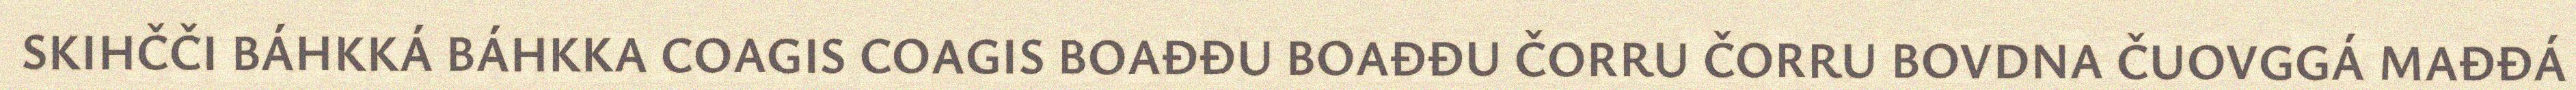
SKIHČČI BÁHKKÁ BÁHKKA COAGIS COAGIS BOAĐĐU BOAĐĐU ČORRU ČORRU BOVDNA ČUOVGGÁ MAĐĐÁ